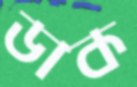
ডাক